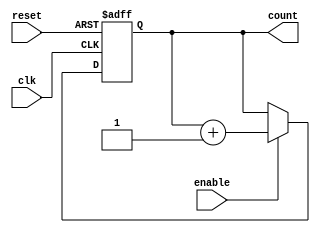
module async_reset_sync_counter (
    input wire clk,          // Clock input
    input wire reset,        // Asynchronous reset input
    input wire enable,       // Enable input
    output reg [n-1:0] count // Count output (n-bit register)
);
    parameter n = 4; // Number of bits for the counter (adjust as necessary)

    // Asynchronous reset logic
    always @(posedge clk or posedge reset) begin
        if (reset) begin
            count <= 0; // Reset count to 0
        end else if (enable) begin
            count <= count + 1; // Increment count on clock edge if enabled
        end
    end
endmodule